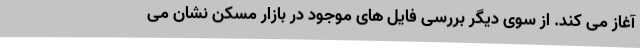
آغاز می کند. از سوی دیگر بررسی فایل های موجود در بازار مسکن نشان می